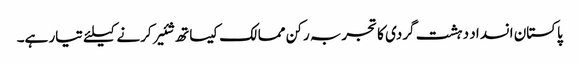
پاکستان انسداد دہشت گردی کا تجربہ رکن ممالک کیساتھ شئیر کرنے کیلئے تیار ہے۔